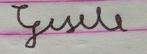
Signature authenticity: forged